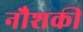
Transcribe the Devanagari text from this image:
नौशकी